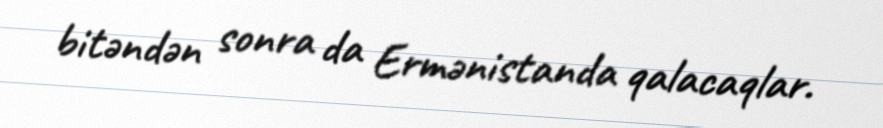
bitəndən sonra da Ermənistanda qalacaqlar.